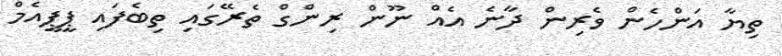
ތިޔާ އަންހެން ވެރިން ދާނެ އެއް ނޫން ރިންގް ތެރޭގައި ތިބެފައި ޕީޕީއެމް